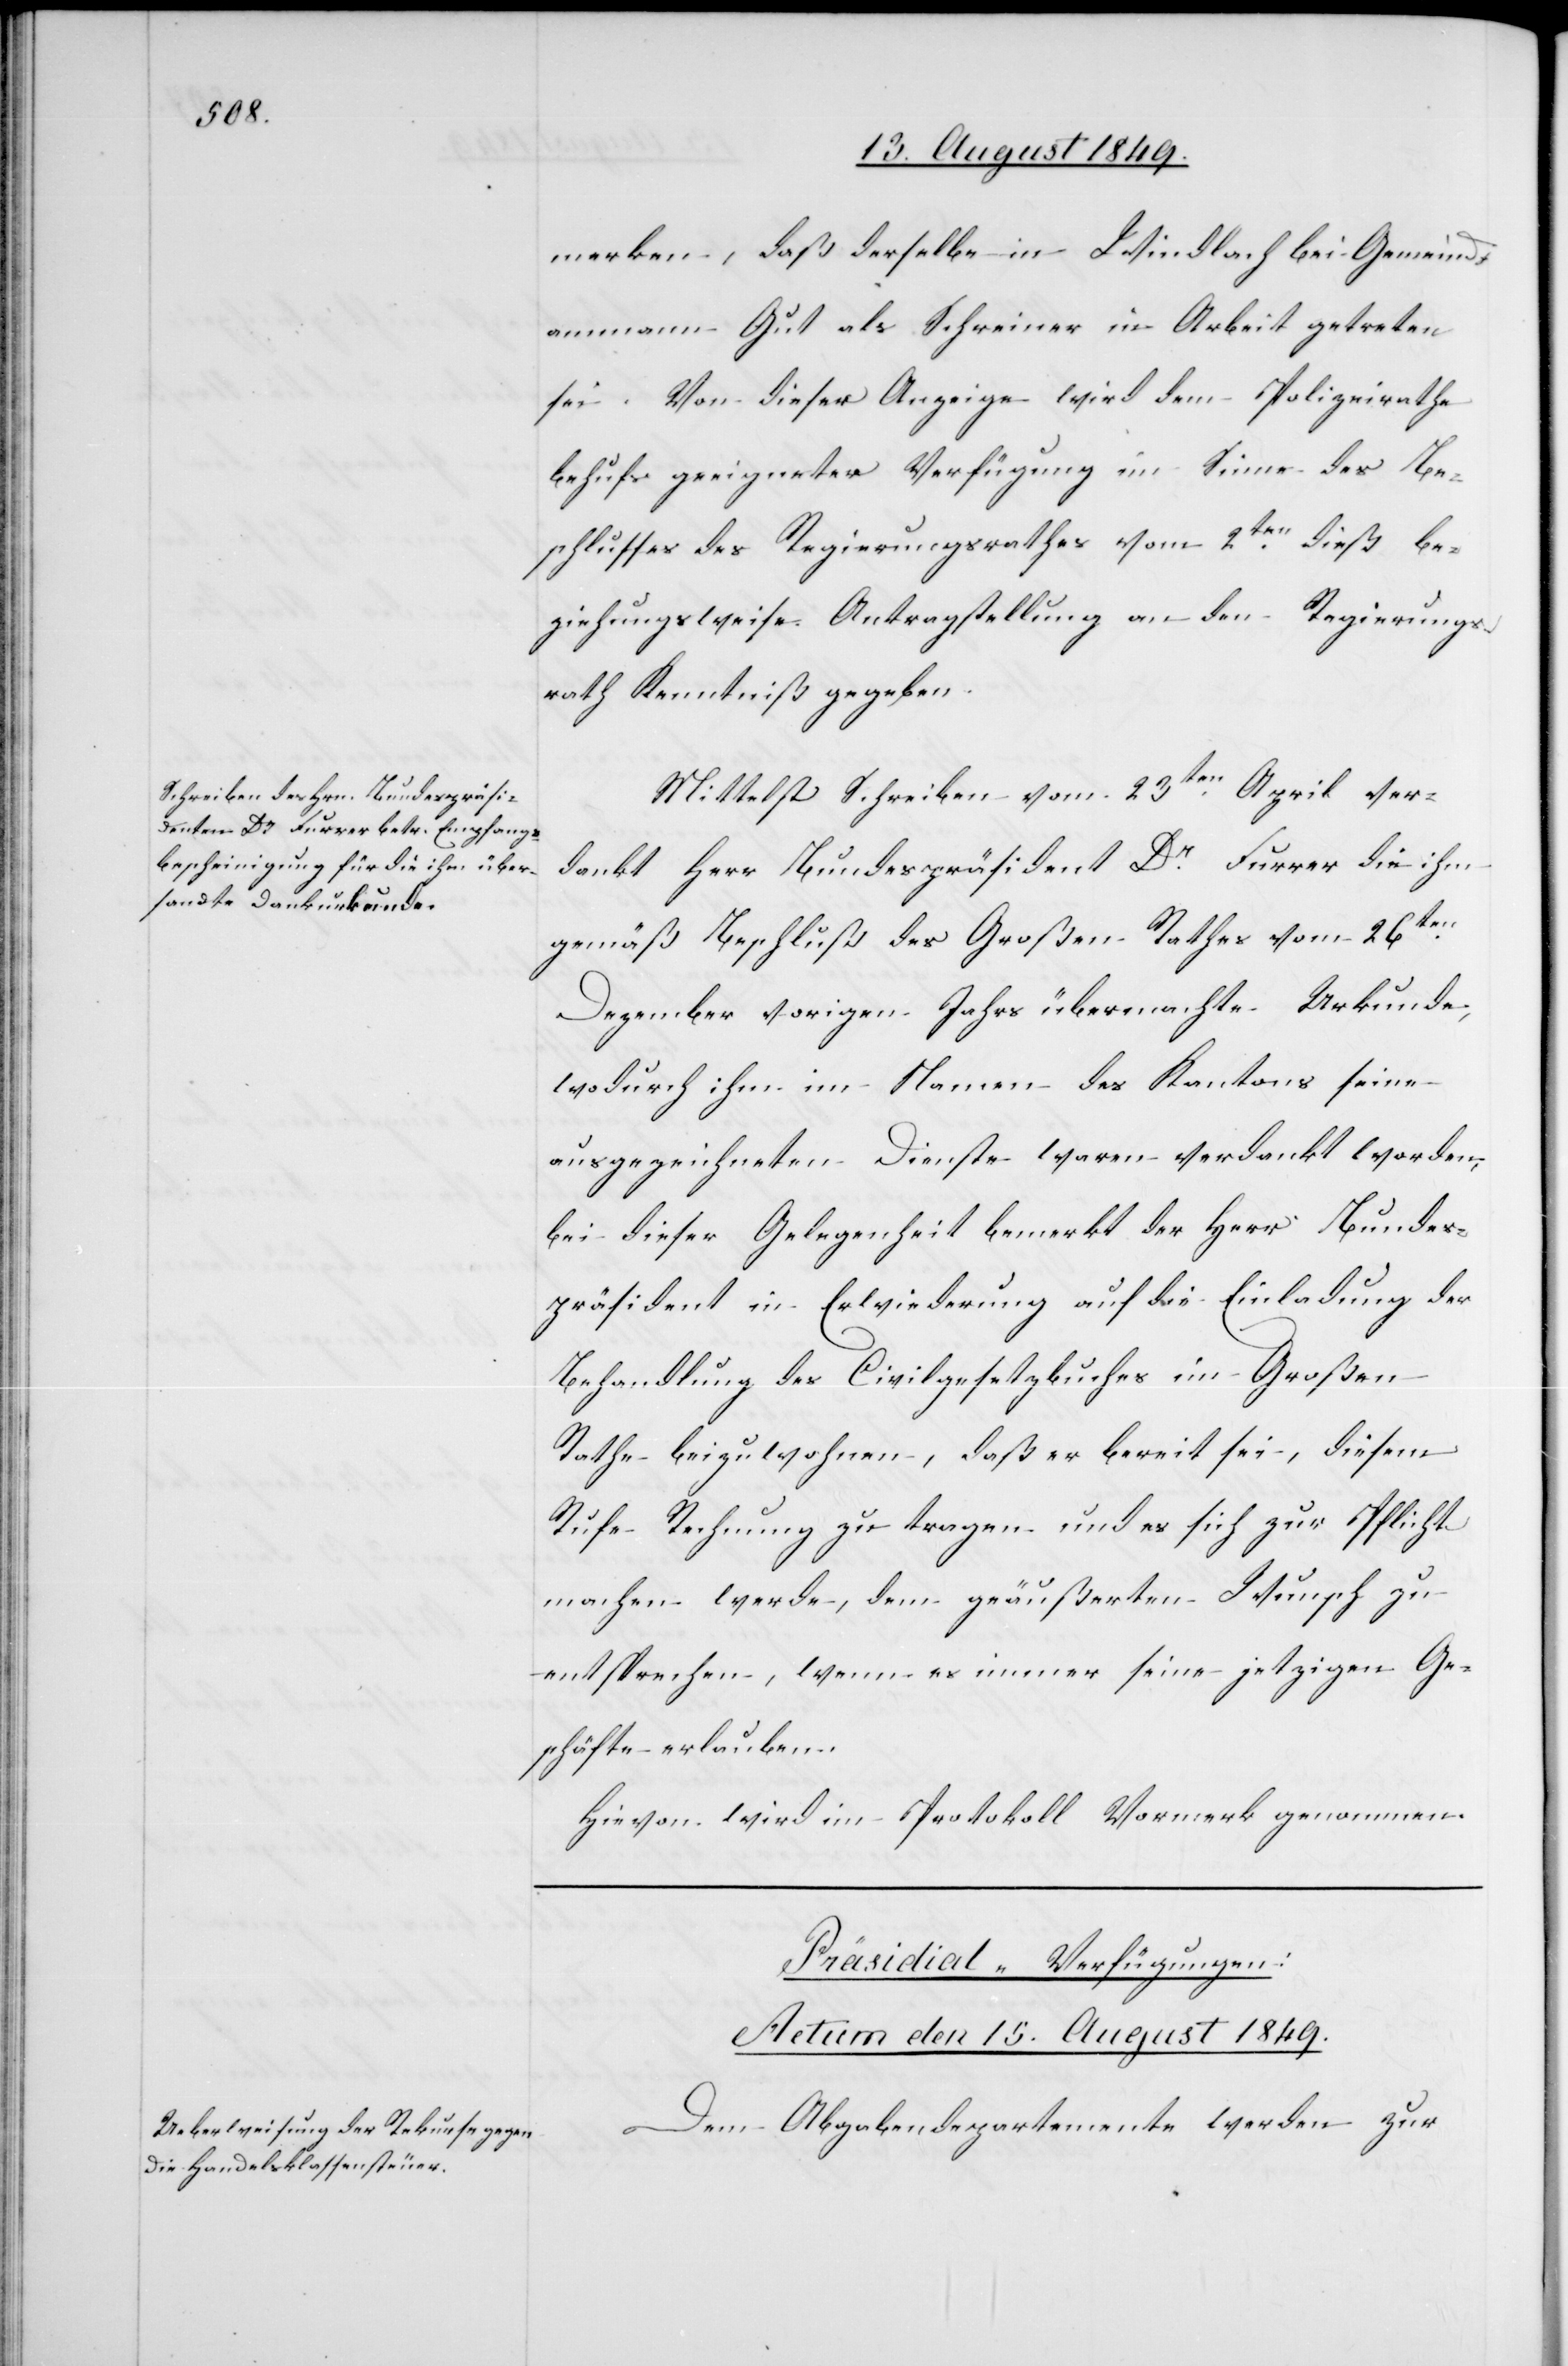
merken, daß derselbe in Windlach bei Gemeind¬
ammann Gut als Schreiner in Arbeit getreten
sei. Von dieser Anzeige wird dem Polizeirathe
behufs geeigneter Verfügung im Sinne des Be¬
schlusses des Regierungsrathes vom 2ten dieß be¬
ziehungsweise Antragstellung an den Regierungs¬
rath Kenntniß gegeben.
Mittelst Schreiben vom 23ten April ver¬
dankt Herr Bundespräsident Dr Furrer die ihm
gemäß Beschluß des Großen Rathes vom 26ten
Dezember vorigen Jahrs übermachte Urkunde,
wodurch ihm im Namen des Kantons seine
ausgezeichneten Dienste waren verdankt worden,
bei dieser Gelegenheit bemerkt der Herr Bundes¬
präsident in Erwiederung auf die Einladung der
Behandlung des Civilgesetzbuches im Großen
Rathe beizuwohnen, daß er bereit sei, diesem
Rufe Rechnung zu tragen und es sich zur Pflicht
machen werde, dem geäußerten Wunsch zu
entsprechen, wenn es immer seine jetzigen Ge¬
schäfte erlauben.
Hievon wird im Protokoll Vormerk genommen.
Präsidial-Verfügungen:
Actum den 15. August 1849.
Dem Abgabendepartemente werden zur